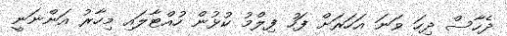
ދެހާސް ދިހަ ވަނަ އަހަރަށް ފަހު ފިލްމު ކުޅުން ހުއްޓާލައި މިހާރު އަންނަނީ